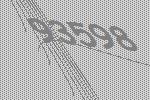
93598